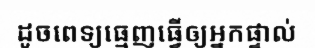
ដូចពេទ្យធ្មេញធ្វើឲ្យអ្នកផ្ទាល់